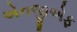
એનજીએફ